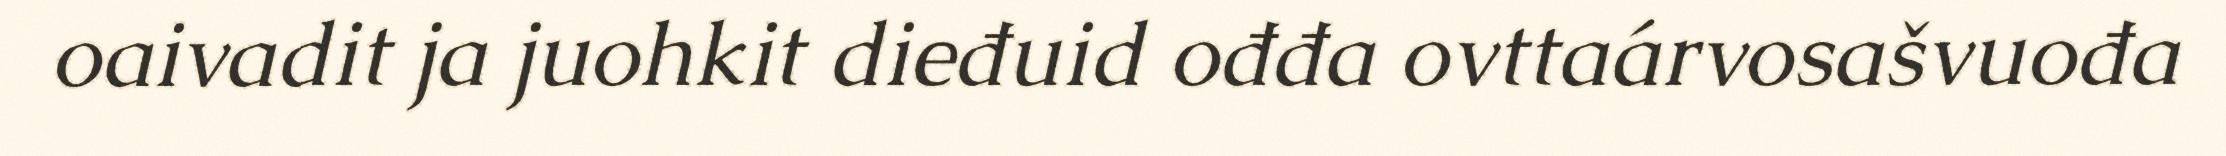
oaivadit ja juohkit dieđuid ođđa ovttaárvosašvuođa